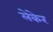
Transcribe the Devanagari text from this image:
लेकेर